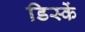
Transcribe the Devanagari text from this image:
डिस्कें